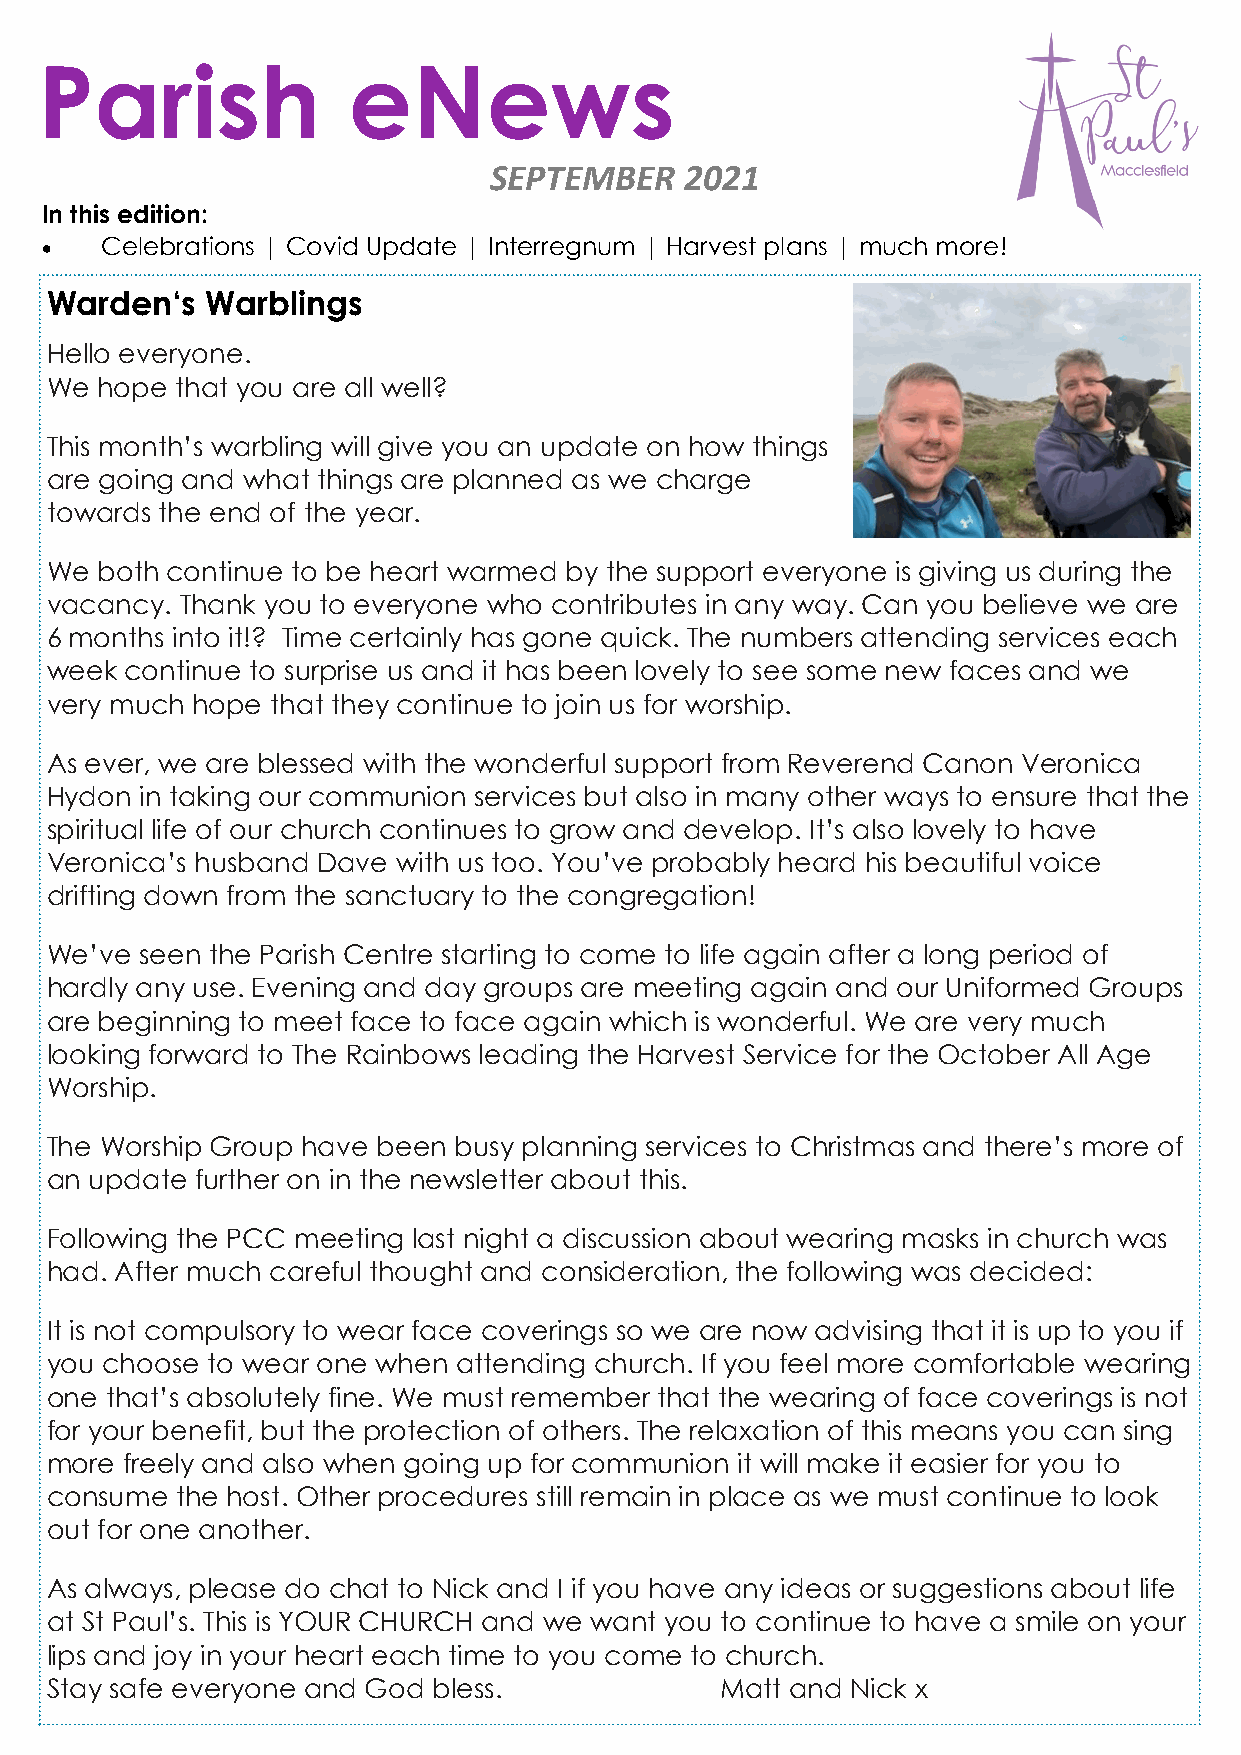
Parish              eNews
 SEPTEMBER    2021
 In this edition:
    Celebrations | Covid Update | Interregnum | Harvest plans | much more!
 Warden‘s   Warblings
 Hello everyone.
 We hope  that you are all well?
 This month’s warbling will give you an update on how things
 are going and what things are planned as we charge
 towards the end of the year.
 We both continue to be heart warmed by the support everyone is giving us during the
 vacancy. Thank you to everyone who contributes in any way. Can you believe we are
 What’s in the news?
 6 months into it!? Time certainly has gone quick. The numbers attending services each
 week continue to surprise us and it has been loveThlye tVoic asre’se B lsoogm e new faces and we
 very much hope that they continue to join us for worship.
    Wardens’ warblings
 As ever, we are blessed with the wonderful su ppTorreta fsruoremr's R tiedvinegsr end Canon Veronica
 Hydon in taking our communion services but also in many other ways to ensure that the
    Captured on camera
 spiritual life of our church continues to grow and develop. It’s also lovely to have
 Veronica’s husband Dave with us too. You’ve prCoobviadb ulpyd ahteesa rd his beautiful voice
 drifting down from the sanctuary to the congregation!
 and more!
 We’ve seen the Parish Centre starting to come to life again after a long period of
 hardly any use. Evening and day groups are meeting again and our Uniformed Groups
 are beginning to meet face to face again which is wonderful. We are very much
 looking forward to The Rainbows leading the Harvest Service for the October All Age
 Worship.
 The Worship Group have been busy planning services to Christmas and there’s more of
 an update further on in the newsletter about this.
 Following the PCC meeting last night a discussion about wearing masks in church was
 had. After much careful thought and consideration, the following was decided:
 It is not compulsory to wear face coverings so we are now advising that it is up to you if
 you choose to wear one when attending church. If you feel more comfortable wearing
 one that’s absolutely fine. We must remember that the wearing of face coverings is not
 for your benefit, but the protection of others. The relaxation of this means you can sing
 more freely and also when going up for communion it will make it easier for you to
 consume  the host. Other procedures still remain in place as we must continue to look
 out for one another.
 As always, please do chat to Nick and I if you have any ideas or suggestions about life
 at St Paul’s. This is YOUR CHURCH and we want you to continue to have a smile on your
 lips and joy in your heart each time to you come to church.
 Stay safe everyone and God bless.            Matt and Nick x